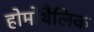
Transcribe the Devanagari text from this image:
होमोथैलिक